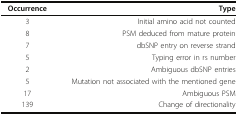
<table><thead><tr><td><b>Occurrence</b></td><td><b>Type</b></td></tr></thead><tbody><tr><td>3</td><td>Initial amino acid not counted</td></tr><tr><td>8</td><td>PSM deduced from mature protein</td></tr><tr><td>7</td><td>dbSNP entry on reverse strand</td></tr><tr><td>5</td><td>Typing error in rs number</td></tr><tr><td>2</td><td>Ambiguous dbSNP entries</td></tr><tr><td>5</td><td>Mutation not associated with the mentioned gene</td></tr><tr><td>17</td><td>Ambiguous PSM</td></tr><tr><td>139</td><td>Change of directionality</td></tr></tbody></table>